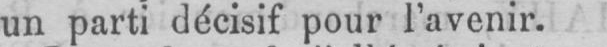
un parti décisif pour l’avenir.